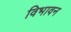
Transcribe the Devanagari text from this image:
विभावन